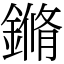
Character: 鏅